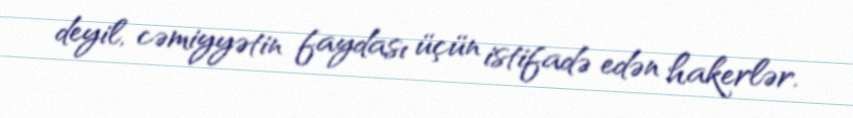
deyil, cəmiyyətin faydası üçün istifadə edən hakerlər.